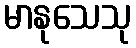
မာနုသေသု